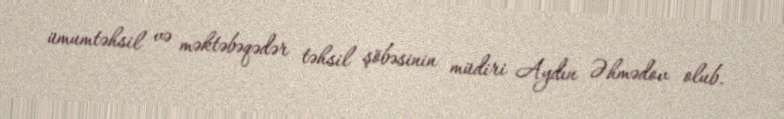
ümumtəhsil və məktəbəqədər təhsil şöbəsinin müdiri Aydın Əhmədov olub.